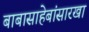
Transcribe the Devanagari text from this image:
बाबासाहेबांसारखा